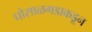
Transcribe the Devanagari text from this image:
घोसाळगडाकडून